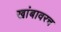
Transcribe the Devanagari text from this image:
खांबावरच